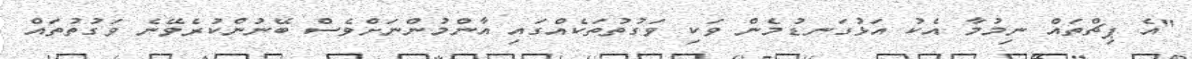
"އެ ޕިޗްތައް ނިމުމާ އެކު އަޅުގަނޑުމެން ވަކި ވަގުތުތަކެއްގައި އާންމުންނަށްވެސް ބޭނުންކުރެވޭނެ ވަގުތުތައް